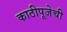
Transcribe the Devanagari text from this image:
काठीपूजेची